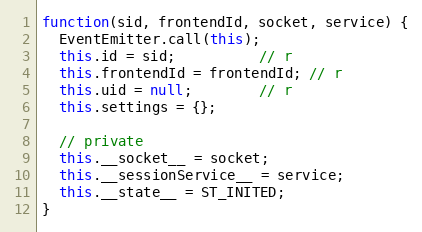
Language: JavaScript
function(sid, frontendId, socket, service) {
  EventEmitter.call(this);
  this.id = sid;          // r
  this.frontendId = frontendId; // r
  this.uid = null;        // r
  this.settings = {};

  // private
  this.__socket__ = socket;
  this.__sessionService__ = service;
  this.__state__ = ST_INITED;
}